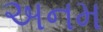
અનમ